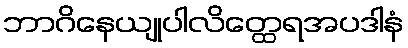
ဘာဂိနေယျုပါလိတ္ထေရအပဒါနံ